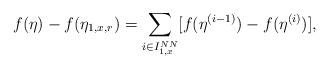
LaTeX: \begin{align*}f(\eta) - f( \eta_{1,x,r}) = \sum_{i\in I_{1,x}^{NN}} [f(\eta^{(i-1)})-f(\eta^{(i)}) ],\end{align*}